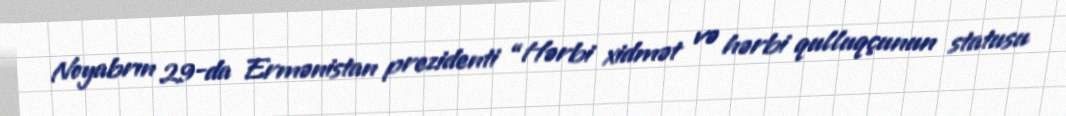
Noyabrın 29-da Ermənistan prezidenti “Hərbi xidmət və hərbi qulluqçunun statusu